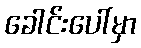
ခေါင်းပေါ်မှာ